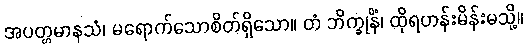
အပတ္တမာနသံ၊ မရောက်သောစိတ်ရှိသော။ တံ ဘိက္ခုနိံ၊ ထိုရဟန်းမိန်းမသို့။